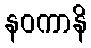
နဝကာနိ